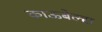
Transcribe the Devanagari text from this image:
काऊबेल्स